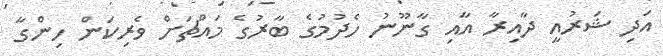
އަދި ޝަރުއީ ދާއިރާ އާއި ގާނޫނު ހެދުމުގެ ބާރުގެ މައްޗަށް ވެރިކަން ހިންގާ